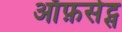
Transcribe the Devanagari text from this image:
ऑफ़सेट्स